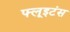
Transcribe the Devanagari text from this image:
फ्लूइटंस